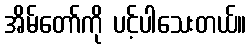
အိမ်တော်ကို ပင့်ပါသေးတယ်။